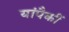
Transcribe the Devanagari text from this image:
यांपैकीं